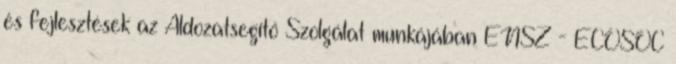
és fejlesztések az Áldozatsegítő Szolgálat munkájában ENSZ - ECOSOC